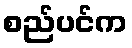
စည်ပင်က